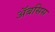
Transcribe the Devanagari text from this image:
अॅबसिस